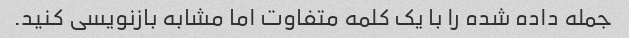
جمله داده شده را با یک کلمه متفاوت اما مشابه بازنویسی کنید.